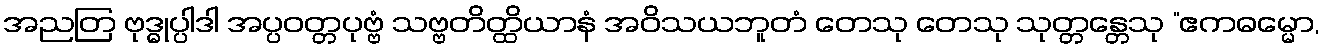
အညတြ ဗုဒ္ဓုပ္ပါဒါ အပ္ပဝတ္တပုဗ္ဗံ သဗ္ဗတိတ္ထိယာနံ အဝိသယဘူတံ တေသု တေသု သုတ္တန္တေသု “ဧကဓမ္မော,